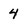
Character: 4